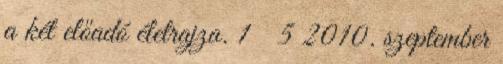
a két előadó életrajza. 1 5 2010. szeptember